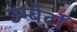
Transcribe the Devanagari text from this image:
उम्बेर्टो